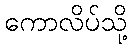
ကောလိပ်သို့